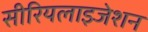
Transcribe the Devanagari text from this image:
सीरियलाइजेशन